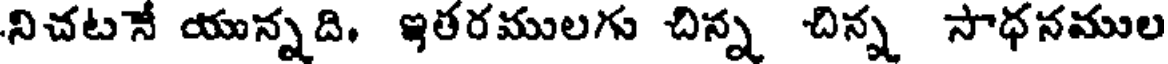
నిచటనే యున్నది, ఇతరములగు చిన్న చిన్న సాధనముల